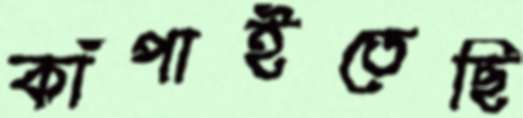
কাঁপাইতেছি